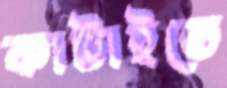
কাটাইতে